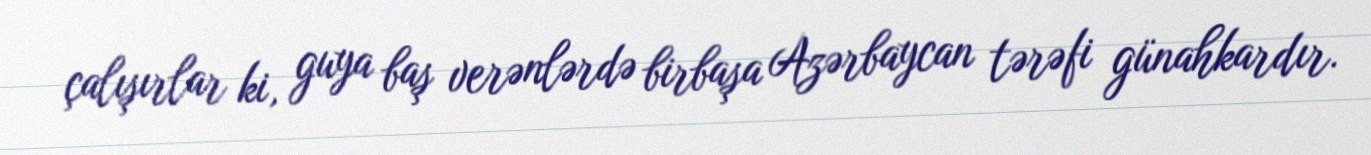
çalışırlar ki, guya baş verənlərdə birbaşa Azərbaycan tərəfi günahkardır.